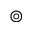
\circledcirc